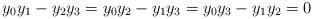
LaTeX: \begin{align*}y_0y_1 - y_2y_3=y_0y_2- y_1y_3=y_0y_3-y_1y_2=0 \end{align*}